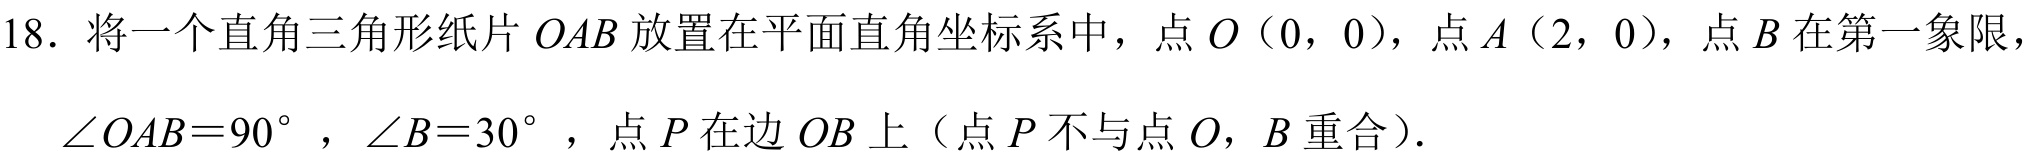
18. 将一个直角三角形纸片 \(OAB\) 放置在平面直角坐标系中，点 \(O\)（0，0），点 \(A\)（2，0），点 \(B\) 在第一象限，\(\angle OAB = 90^{\circ}\)，\(\angle B = 30^{\circ}\)，点 \(P\) 在边 \(OB\) 上（点 \(P\) 不与点 \(O\)，\(B\) 重合）.